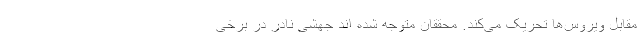
مقابل ویروس‌ها تحریک می‌کند. محققان متوجه شده اند جهشی نادر در برخی